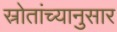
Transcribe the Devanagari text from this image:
स्रोतांच्‍यानुसार